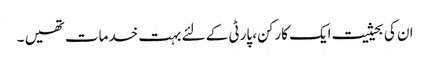
ان کی بحیثیت ایک کارکن، پارٹی کے لئے بہت خدمات تھیں ۔